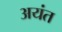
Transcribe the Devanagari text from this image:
अयंत